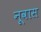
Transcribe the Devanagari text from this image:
नूवास